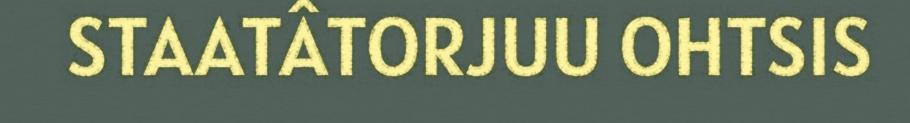
STAATÂTORJUU OHTSIS